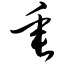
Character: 垂